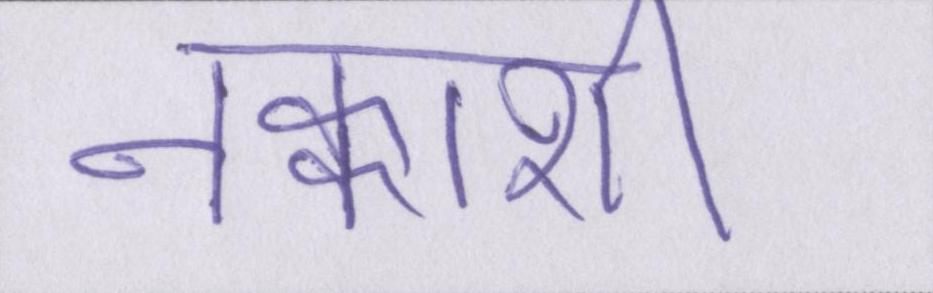
नक्काशी